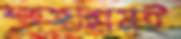
শাহজাহানই